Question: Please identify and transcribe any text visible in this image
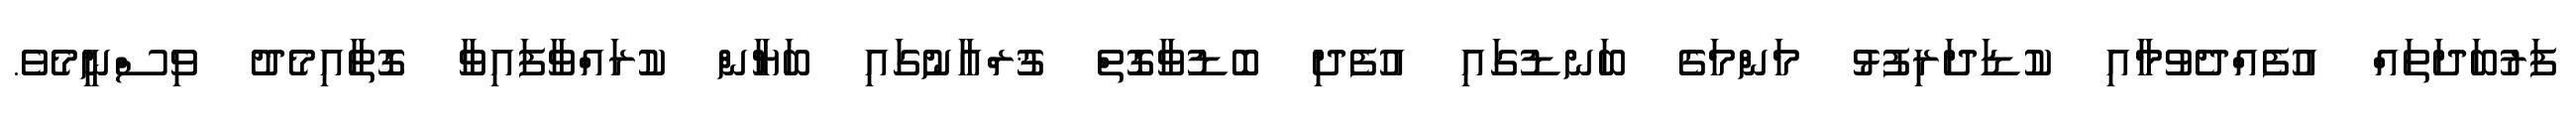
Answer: ފަރުބަދަތައް އުފެއްދެވުމާއި ކުޑަދަރިފުޅު މަންމަގެ ބަނޑުގައި އުފެދި ބޮޑުވާގޮތް ޤުރްއާނުގައި ބަޔާން ކުރައްވާފައިވާ ގޮތާއިމެދު ވިސްނީމެވެ.